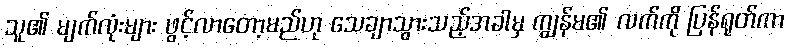
သူ၏ မျက်လုံးများ ဖွင့်လာတော့မည်ဟု သေချာသွားသည့်အခါမှ ကျွန်မ၏ လက်ကို ပြန်ရုတ်ကာ